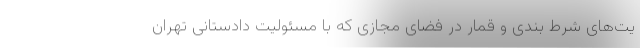
یت‌های شرط بندی و قمار در فضای مجازی که با مسئولیت دادستانی تهران